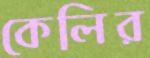
কেলির